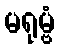
မရုမ္ဗံ